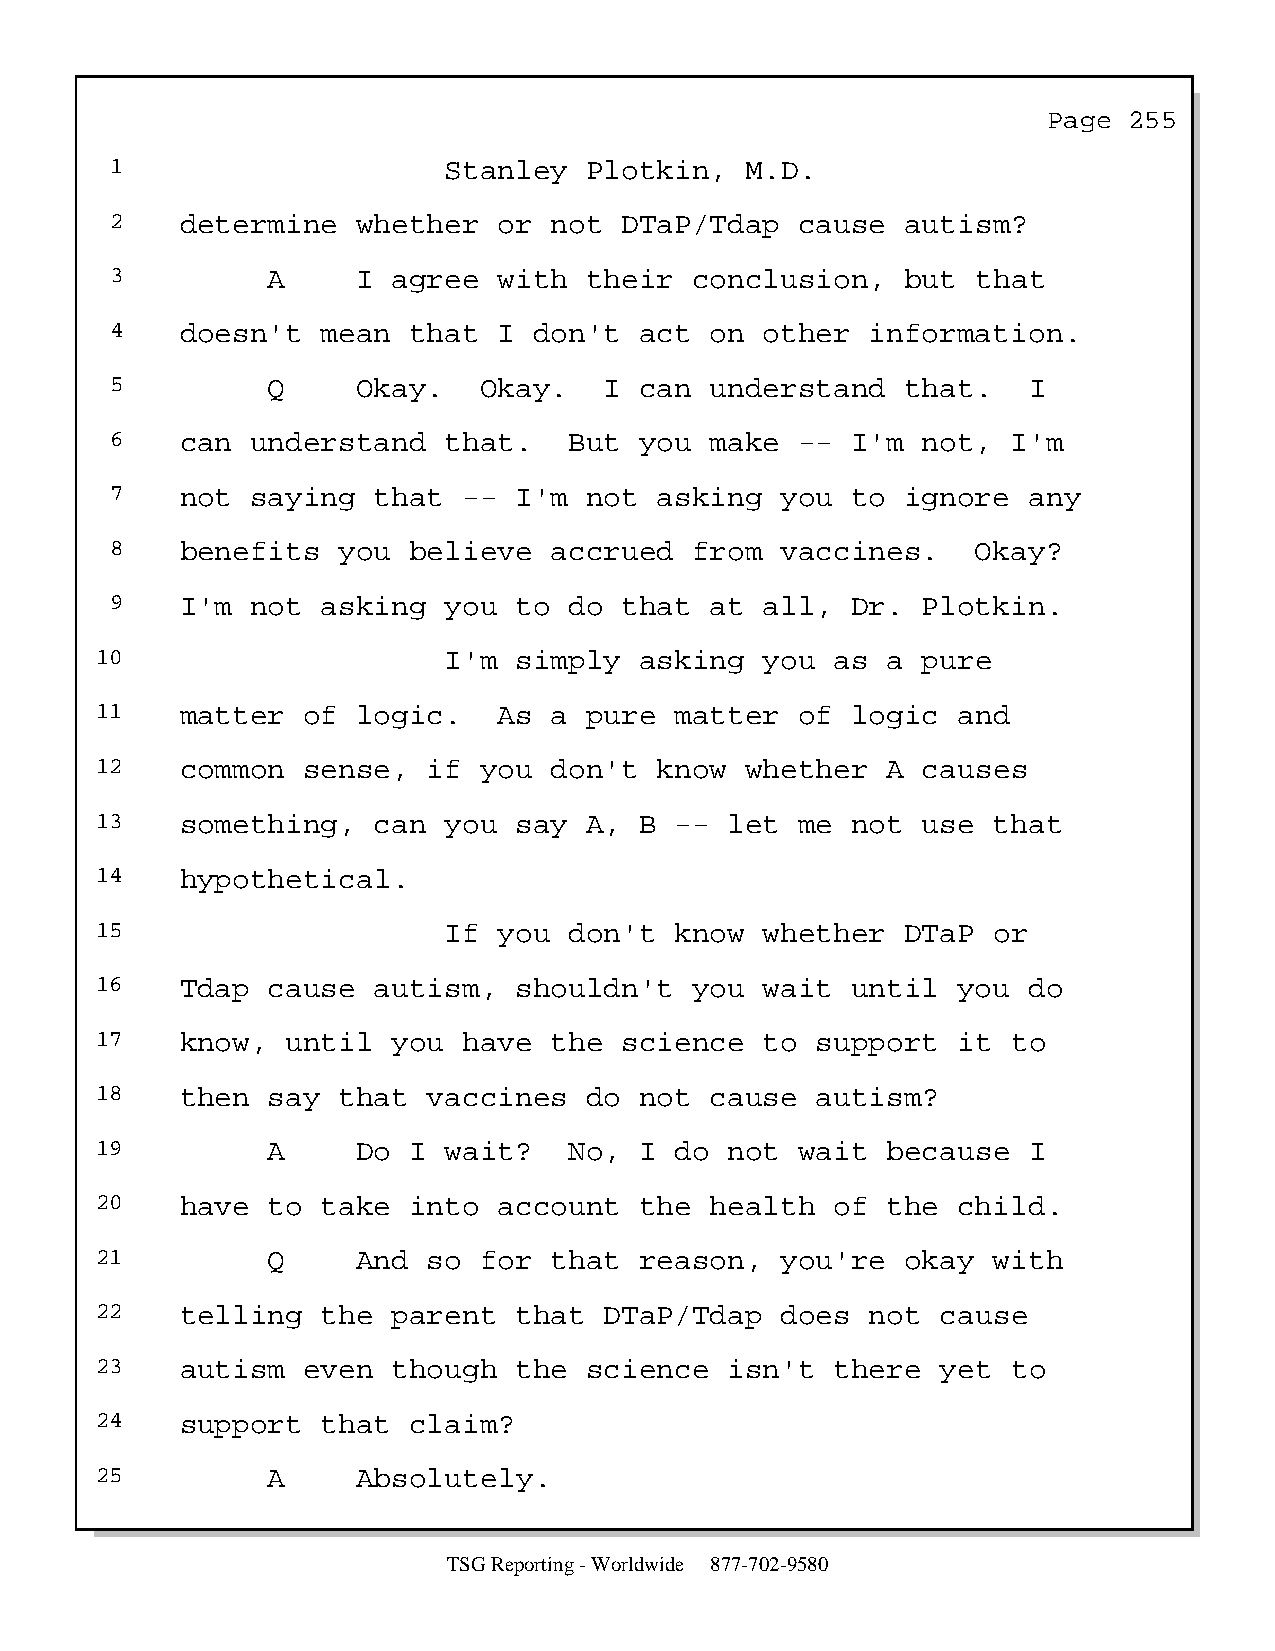
Page  255
 1                     Stanley   Plotkin,  M.D.
 2    determine   whether  or not  DTaP/Tdap   cause  autism?
 3          A     I agree  with  their  conclusion,   but  that
 4    doesn't  mean  that  I don't  act  on  other  information.
 5          Q     Okay.   Okay.   I can  understand   that.   I
 6    can  understand  that.    But you  make  -- I'm  not,  I'm
 7    not  saying  that  -- I'm  not  asking  you to  ignore  any
 8    benefits  you  believe  accrued   from  vaccines.    Okay?
 9    I'm  not asking  you  to  do that  at  all, Dr.  Plotkin.
 10                     I'm  simply  asking   you as  a pure
 11    matter  of  logic.   As a  pure  matter  of logic  and
 12    common  sense,  if  you don't   know whether   A causes
 13    something,   can you  say  A, B  -- let  me not  use  that
 14    hypothetical.
 15                     If  you  don't  know  whether  DTaP  or
 16    Tdap  cause  autism,  shouldn't   you  wait until  you  do
 17    know,  until  you  have the  science   to support  it  to
 18    then  say that  vaccines   do not  cause  autism?
 19          A     Do I wait?    No, I  do not  wait  because  I
 20    have  to take  into  account  the  health  of  the child.
 21          Q     And so  for that  reason,   you're  okay  with
 22    telling  the  parent  that  DTaP/Tdap   does  not cause
 23    autism  even  though  the  science  isn't  there  yet  to
 24    support  that  claim?
 25          A     Absolutely.
 TSG Reporting - Worldwide 877-702-9580